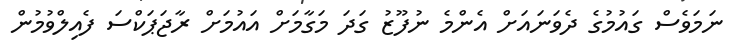
ނަމަވެސް ގައުމުގެ ދެވަނައަށް އެންމެ ނުފޫޒު ގަދަ މަގާމަށް އައުމަށް ރާޖަޕަކްސަ ފެއިލްވުމުން